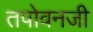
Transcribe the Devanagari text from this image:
तपोवनजी